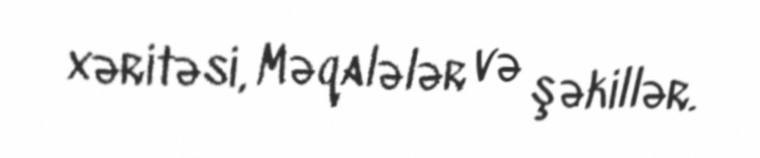
xəritəsi, Məqalələr və şəkillər.